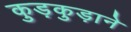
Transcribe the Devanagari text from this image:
कुड़कुड़ाने